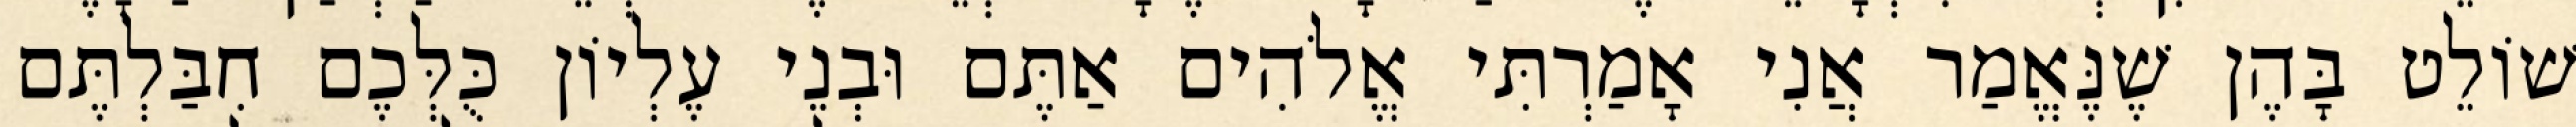
שׁוֹלֵט בָּהֶן שֶׁנֶּאֱמַר אֲנִי אָמַרְתִּי אֱלֹהִים אַתֶּם וּבְנֵי עֶלְיוֹן כֻּלְּכֶם חִבַּלְתֶּם